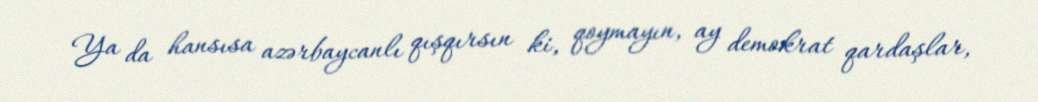
Ya da hansısa azərbaycanlı qışqırsın ki, qoymayın, ay demokrat qardaşlar,